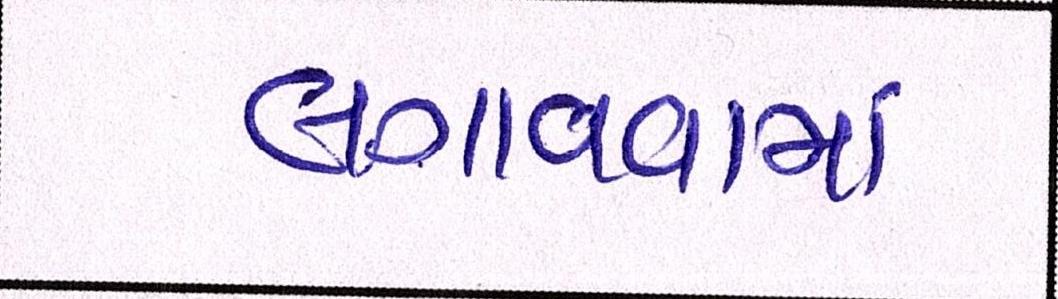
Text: લગાવવામાં